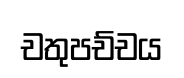
චතුපච්චය